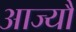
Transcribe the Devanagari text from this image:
आज्यौ